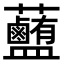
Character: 𧅽